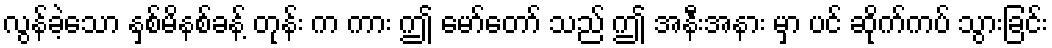
လွန်ခဲ့သော နှစ်မိနစ်ခန့် တုန်း က ကား ဤ မော်တော် သည် ဤ အနီးအနား မှာ ပင် ဆိုက်ကပ် သွားခြင်း